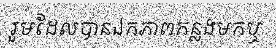
រួមដែលបានឯកភាពកន្លងមកឬ